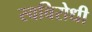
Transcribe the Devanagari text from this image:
स्वविरोधी